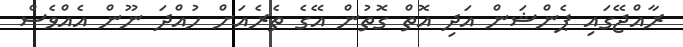
ރާއްޖޭގައި ޕެންޝަން އަދި އޮތް ގޮތުން އޭގެ ތެރެއަށް ހުއްދަ ނޫން އެއްވެސް